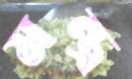
মন্ত্র